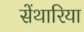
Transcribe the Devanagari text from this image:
सेंथारिया